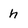
Character: h